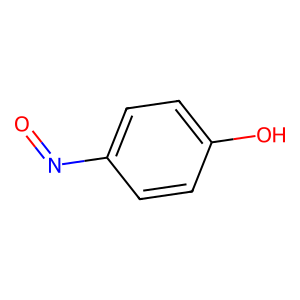
SMILES: O=Nc1ccc(O)cc1
Inhibits HIV replication: No